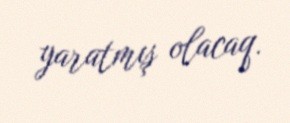
yaratmış olacaq.